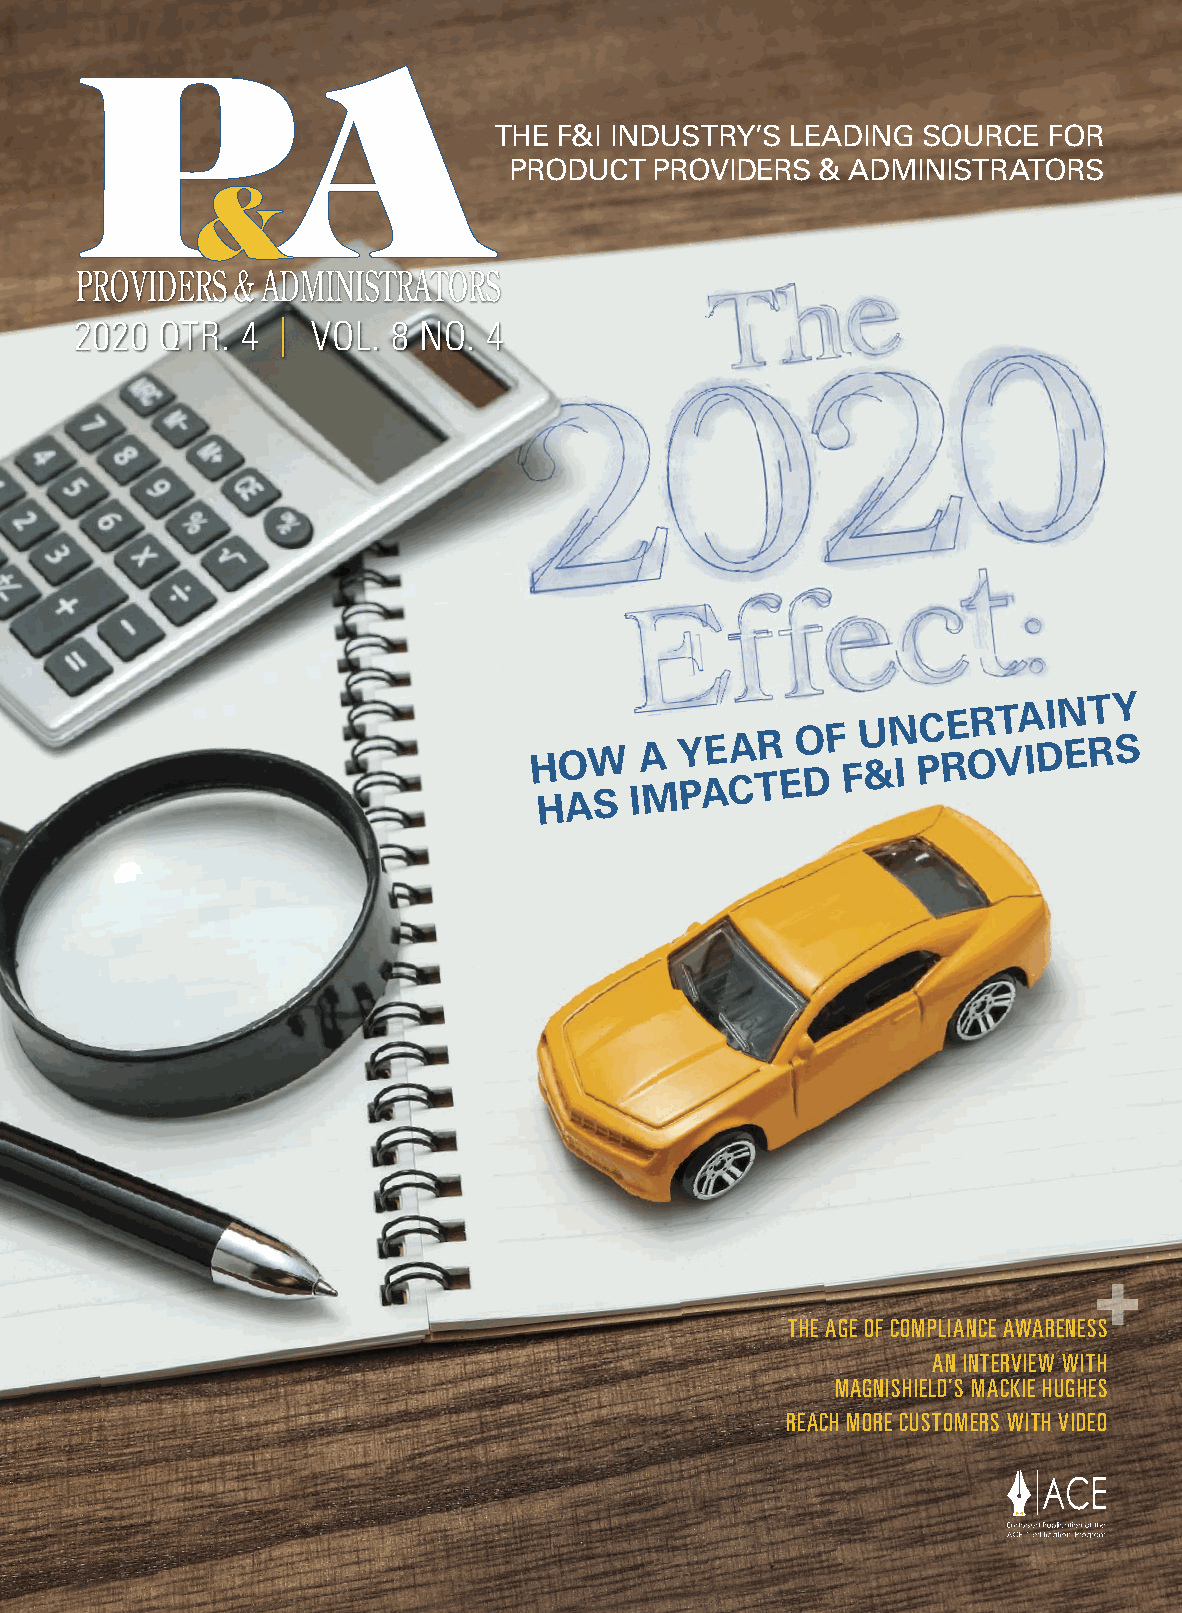
THE F&I INDUSTRY’S LEADING  SOURCE  FOR
 PRODUCT  PROVIDERS  & ADMINISTRATORS
 2020  QTR. 4 |  VOL. 8 NO. 4
 H HO AW
 S
 IA
 M
 Y PAE CA TR
 E
 O DF F U &N I PC RE OR VTA IDIN ET RY S
 THE AGE OF COMPLIANCE AWARENESS
 AN INTERVIEW WITH
 MAGNISHIELD’S MACKIE HUGHES
 REACH MORE CUSTOMERS WITH VIDEO
 PPAAQQ44––22002200__CCoovveerr..iinndddd 999911                       99//2255//2200 22::0088 PPMM